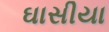
ઘાસીયા